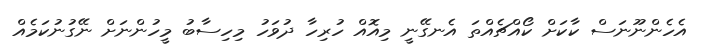
އެހެންނޫނަސް ކާކަށް ކޯއްޗެއްތަ އެނގޭނީ މިއޮއް ހުރިހާ ދުވަހު މިހިސާބު މީހުންނަށް ނޭގުނުކަމެއް